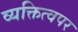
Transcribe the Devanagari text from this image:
व्यक्तित्वपर